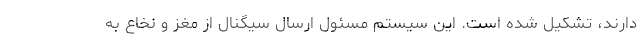
دارند، تشکیل شده است. این سیستم مسئول ارسال سیگنال از مغز و نخاع به